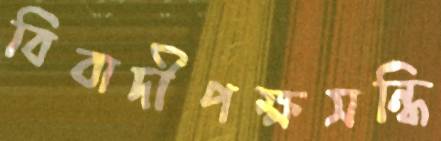
বিবাদীপক্ষসন্ধি